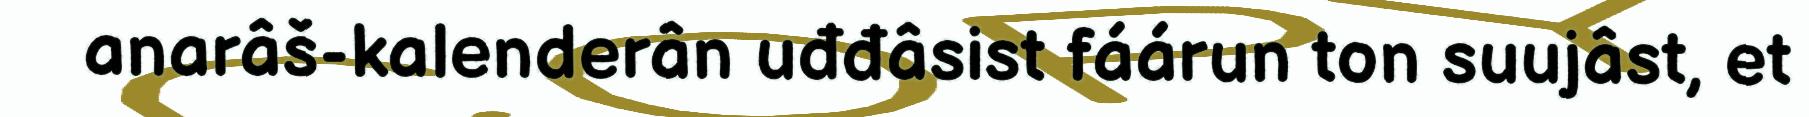
anarâš-kalenderân uđđâsist fáárun ton suujâst, et